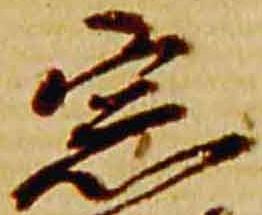
宗